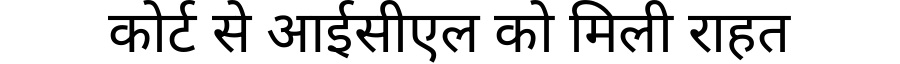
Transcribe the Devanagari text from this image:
कोर्ट से आईसीएल को मिली राहत